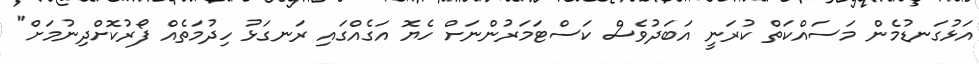
އަޅުގަނޑުމެން މަސައްކަތް ކުރަނީ އަބަދުވެސް ކަސްޓަމަރުންނަށް ހެޔޮ އަގެއްގައި ރަނގަޅު ހިދުމަތެއް ފޯރުކޮށްދިނުމަށް"